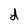
Character: d